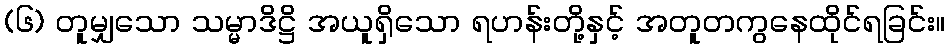
(၆) တူမျှသော သမ္မာဒိဋ္ဌိ အယူရှိသော ရဟန်းတို့နှင့် အတူတကွနေထိုင်ရခြင်း။